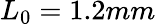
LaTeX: L_{0}=1.2mm